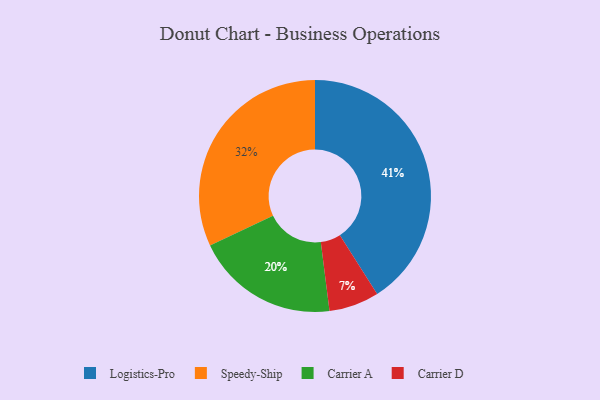
{"axis": {"x": "Category", "y": "Percentage"}, "legend": ["Carrier A", "Carrier D", "Logistics-Pro", "Speedy-Ship"], "data": [{"x": "Carrier D", "y": 7, "type": "Carrier D"}, {"x": "Carrier A", "y": 20, "type": "Carrier A"}, {"x": "Logistics-Pro", "y": 41, "type": "Logistics-Pro"}, {"x": "Speedy-Ship", "y": 32, "type": "Speedy-Ship"}]}